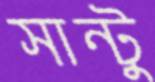
সান্টু